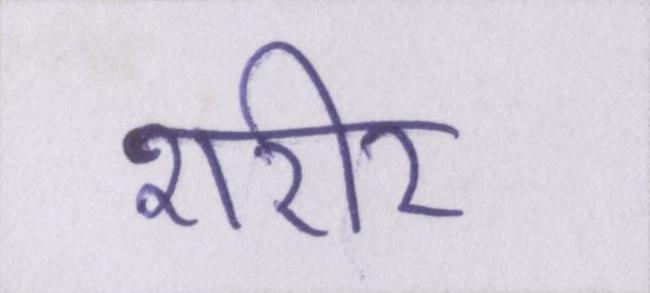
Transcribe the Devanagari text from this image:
शरीर